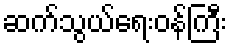
ဆက်သွယ်ရေးဝန်ကြီး